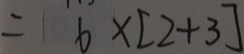
= 6 \times [ 2 + 3 ]